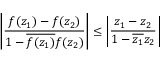
\left| { \frac { f ( z _ { 1 } ) - f ( z _ { 2 } ) } { 1 - { \overline { { f ( z _ { 1 } ) } } } f ( z _ { 2 } ) } } \right| \leq \left| { \frac { z _ { 1 } - z _ { 2 } } { 1 - { \overline { { z _ { 1 } } } } z _ { 2 } } } \right|